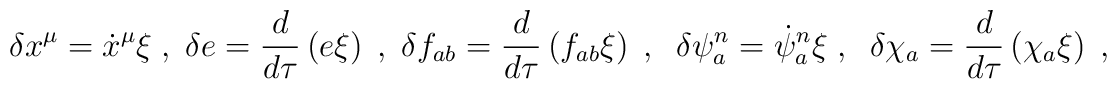
\delta x^{\mu} =  {\dot{x}}^{\mu} \xi\;,\; \delta e = \frac{d}{d\tau}\left(e \xi\right)\;,\; \delta f_{ab} = \frac{d}{d\tau}\left(f_{ab}\xi\right)\;,\;\; \delta \psi_{a}^{n} =  \dot{\psi}_{a}^{n}  \xi\;,\;\; \delta{\chi}_{a} = \frac{d}{d\tau}\left(\chi_a\xi\right)\;,